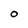
Character: O